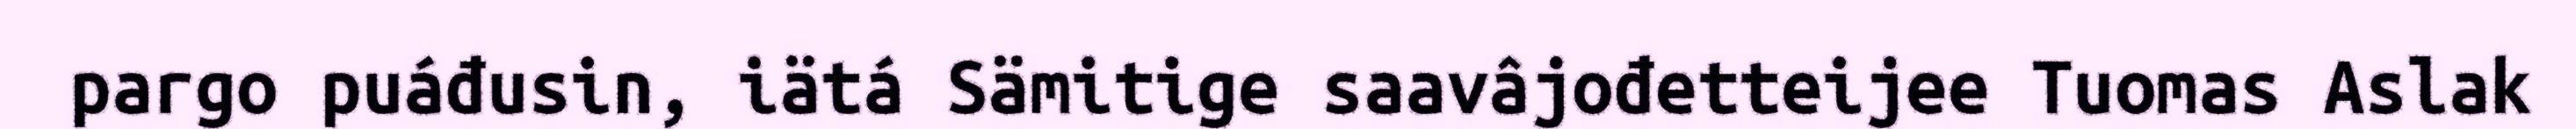
pargo puáđusin, iätá Sämitige saavâjođetteijee Tuomas Aslak